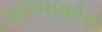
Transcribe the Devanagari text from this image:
उड्डाणक्षमतेचा